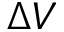
\Delta V